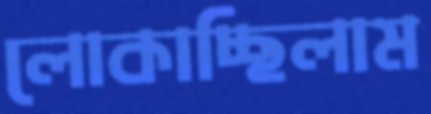
লোকাচ্ছিলাম